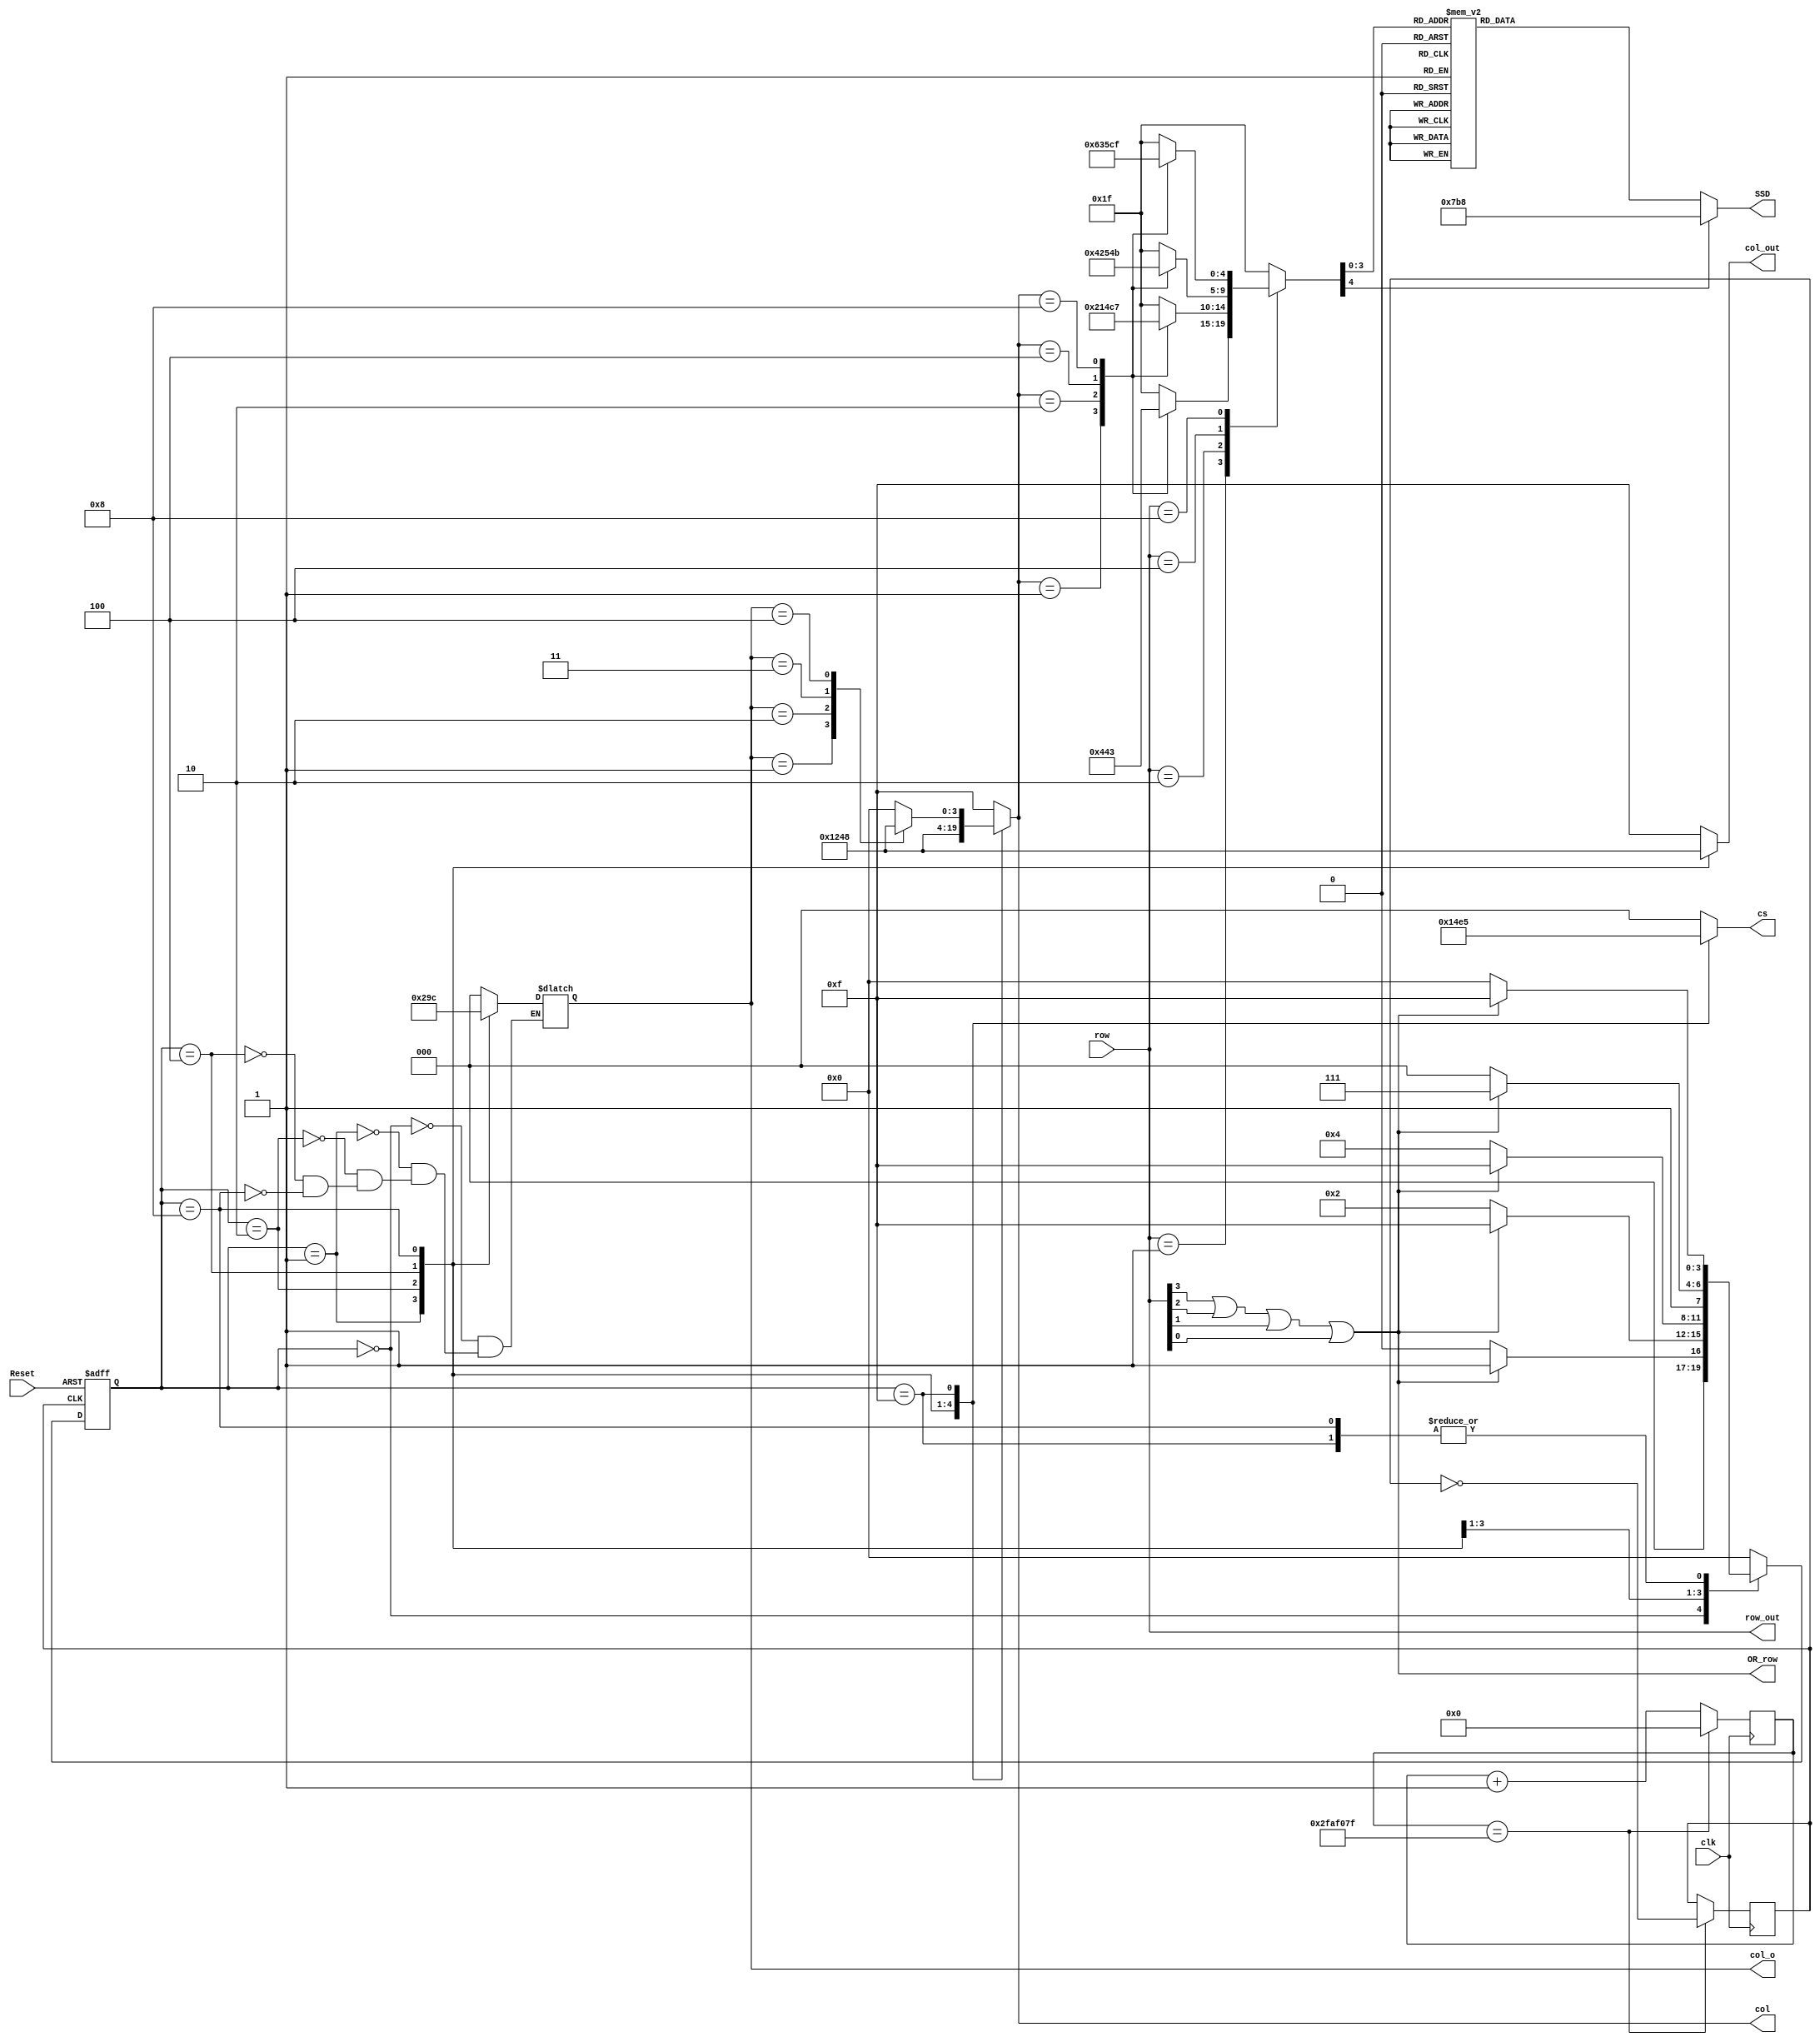
module lab6(Reset,clk,row,cs,SSD,col_out,OR_row,row_out,col,col_o

    );
    input Reset;
    input clk;
    input [3:0]row;
    output [3:0]col_out,row_out,col;
    output [2:0]cs,col_o;
    output [10:0] SSD;
    output OR_row;
   
    
    parameter init=4'b0000;
    parameter s1=4'b0001;
    parameter s2=4'b0010;
    parameter s3=4'b0100;
    parameter s4=4'b1000;
    parameter s5=4'b1111;
    
    reg [25:0] Q;
    reg clock;
    reg [2:0]col_o;
    reg [3:0] curr_state;
    wire OR_row;
    wire [3:0]row_out;
    wire [2:0]col_oo;
    //reg out;
    
    //or (OR_row,row[3],row[2],row[1],row[0]);
    
    initial begin
    Q=0;
    clock=0;
    cs=3'b000;
    col_out=4'b1111;
    curr_state=init;
    col_o=3'b000;
    //out=0;
    end
    
    always @ (posedge clk)begin
    if (Q==26'b10111110101111000001111111)begin
    clock=~clock;
    Q<=0;
    end
    else begin
    clock<=clock;
    Q<=Q+1;
    end
    end
    
    reg [3:0]next_state,col_out,col;
    reg [4:0]code;
    reg [2:0]cs;
    
    
    assign OR_row=((row[3])||(row[2])||(row[1])||(row[0]));
    
    assign row_out=row;
    
    
    always @(posedge clock or posedge Reset)
    if (Reset==1) curr_state<=init;
    else          curr_state<=next_state;
    
    always @(curr_state or OR_row)
        case(curr_state)
            init: begin 
            //out=0;
                cs=3'b000;col_o=3'b000;
                //code=5'b11111;
                //code=init;
                col=4'b1111;
                col_out=4'b1111;
                  if(OR_row==0) next_state<=init; else 
                  if(OR_row==1) next_state<=s1;else
                                next_state<=init;
                  end
            s1:begin 
            //out=0;
            cs=3'b001;
            col_o=3'b001;
            //code=5'b11111;
            //code=s1;
            col_out=s1;
            col=s1;
               if(OR_row==0) next_state<=s2; else 
               if(OR_row==1) next_state<=s5;
               else   next_state<=init;
               end
            s2:begin 
            //out=0;
            cs=3'b010;col_o=3'b010;
           // code=5'b11111;
            //code=s2;
            col_out=s2;
            col=s2;
               if(OR_row==0) next_state<=s3; else 
               if(OR_row==1) next_state<=s5;
               else   next_state<=init;
               end
            s3:begin 
            //out=0;
            cs=3'b011;col_o=3'b011;
            //code=5'b11111;
            //code=s3;
            col_out=s3;
            col=s3;
               if(OR_row==0) next_state<=s4; else 
               if(OR_row==1) next_state<=s5;else   next_state<=init;
               end
            s4:begin 
            //out=0;
            cs=3'b100;col_o=3'b100;
            //code=5'b11111;
            //code=s4;
            col_out=s4;
            col=s4;
               if(OR_row==0) next_state<=init; else 
               if(OR_row==1) next_state<=s5;else   next_state<=init;
               end
            s5:begin
               cs=3'b101;
               col_o=col_o;
               case(col_o)
                3'b001:col=s1;
                3'b010:col=s2;
                3'b011:col=s3;
                3'b100:col=s4;
                default:col=4'b0000;
                endcase
               col_out=4'b1111;
               //row_out=row;
               
               if(OR_row==0) next_state<=init; else 
               if(OR_row==1) next_state<=s5;else   next_state<=init;
               
               end
               
            default: begin
                    next_state<=init;
                    cs=3'b000;
                    //code=5'b11111;
                    col_out=4'b1111;
                    col=4'b1111;
                    end
            endcase    
          
 always @(col)
      case(row)
 4'b0001: case (col)
                                  s1: code=5'b00000;
                                  s2: code=5'b00001;
                                  s3: code=5'b00010;
                                  s4: code=5'b00011; default: code=5'b11111;
                                endcase
                       4'b0010: case (col)
                                  s1: code=5'b00100;
                                  s2: code=5'b00101;
                                  s3: code=5'b00110;
                                  s4: code=5'b00111; default: code=5'b11111;
                                endcase
                       4'b0100: case (col)
                                  s1: code=5'b01000;
                                  s2: code=5'b01001;
                                  s3: code=5'b01010;
                                  s4: code=5'b01011; default: code=5'b11111;
                                endcase
                       4'b1000: case (col)
                                  s1: code=5'b01100;
                                  s2: code=5'b01101;
                                  s3: code=5'b01110;
                                  s4: code=5'b01111; default: code=5'b11111;
                                endcase
                                default: code=5'b11111;
            endcase    

          
reg [10:0] SSD;            
    always @(code)
            case (code)
        5'b00000:SSD<=11'b11100000001;
        5'b00001:SSD<=11'b11101001111;
        5'b00010:SSD<=11'b11100010010;
        5'b00011:SSD<=11'b11100000110;
        5'b00100:SSD<=11'b11101001100;
        5'b00101:SSD<=11'b11100100100;
        5'b00110:SSD<=11'b11100100000;
        5'b00111:SSD<=11'b11100001111;
        5'b01000:SSD<=11'b11100000000;
        5'b01001:SSD<=11'b11100000100;
        5'b01010:SSD<=11'b11100001000;
        5'b01011:SSD<=11'b11101100000;
        5'b01100:SSD<=11'b11100110001;
        5'b01101:SSD<=11'b11101000010;
        5'b01110:SSD<=11'b11100110000;
        5'b01111:SSD<=11'b11100111000;
        default SSD<=11'b11110111000;  
        endcase        
endmodule